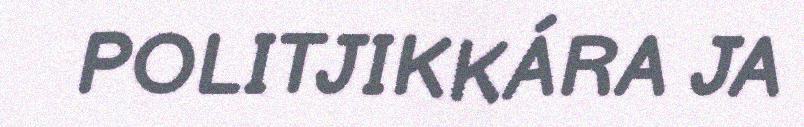
POLITJIKKÁRA JA